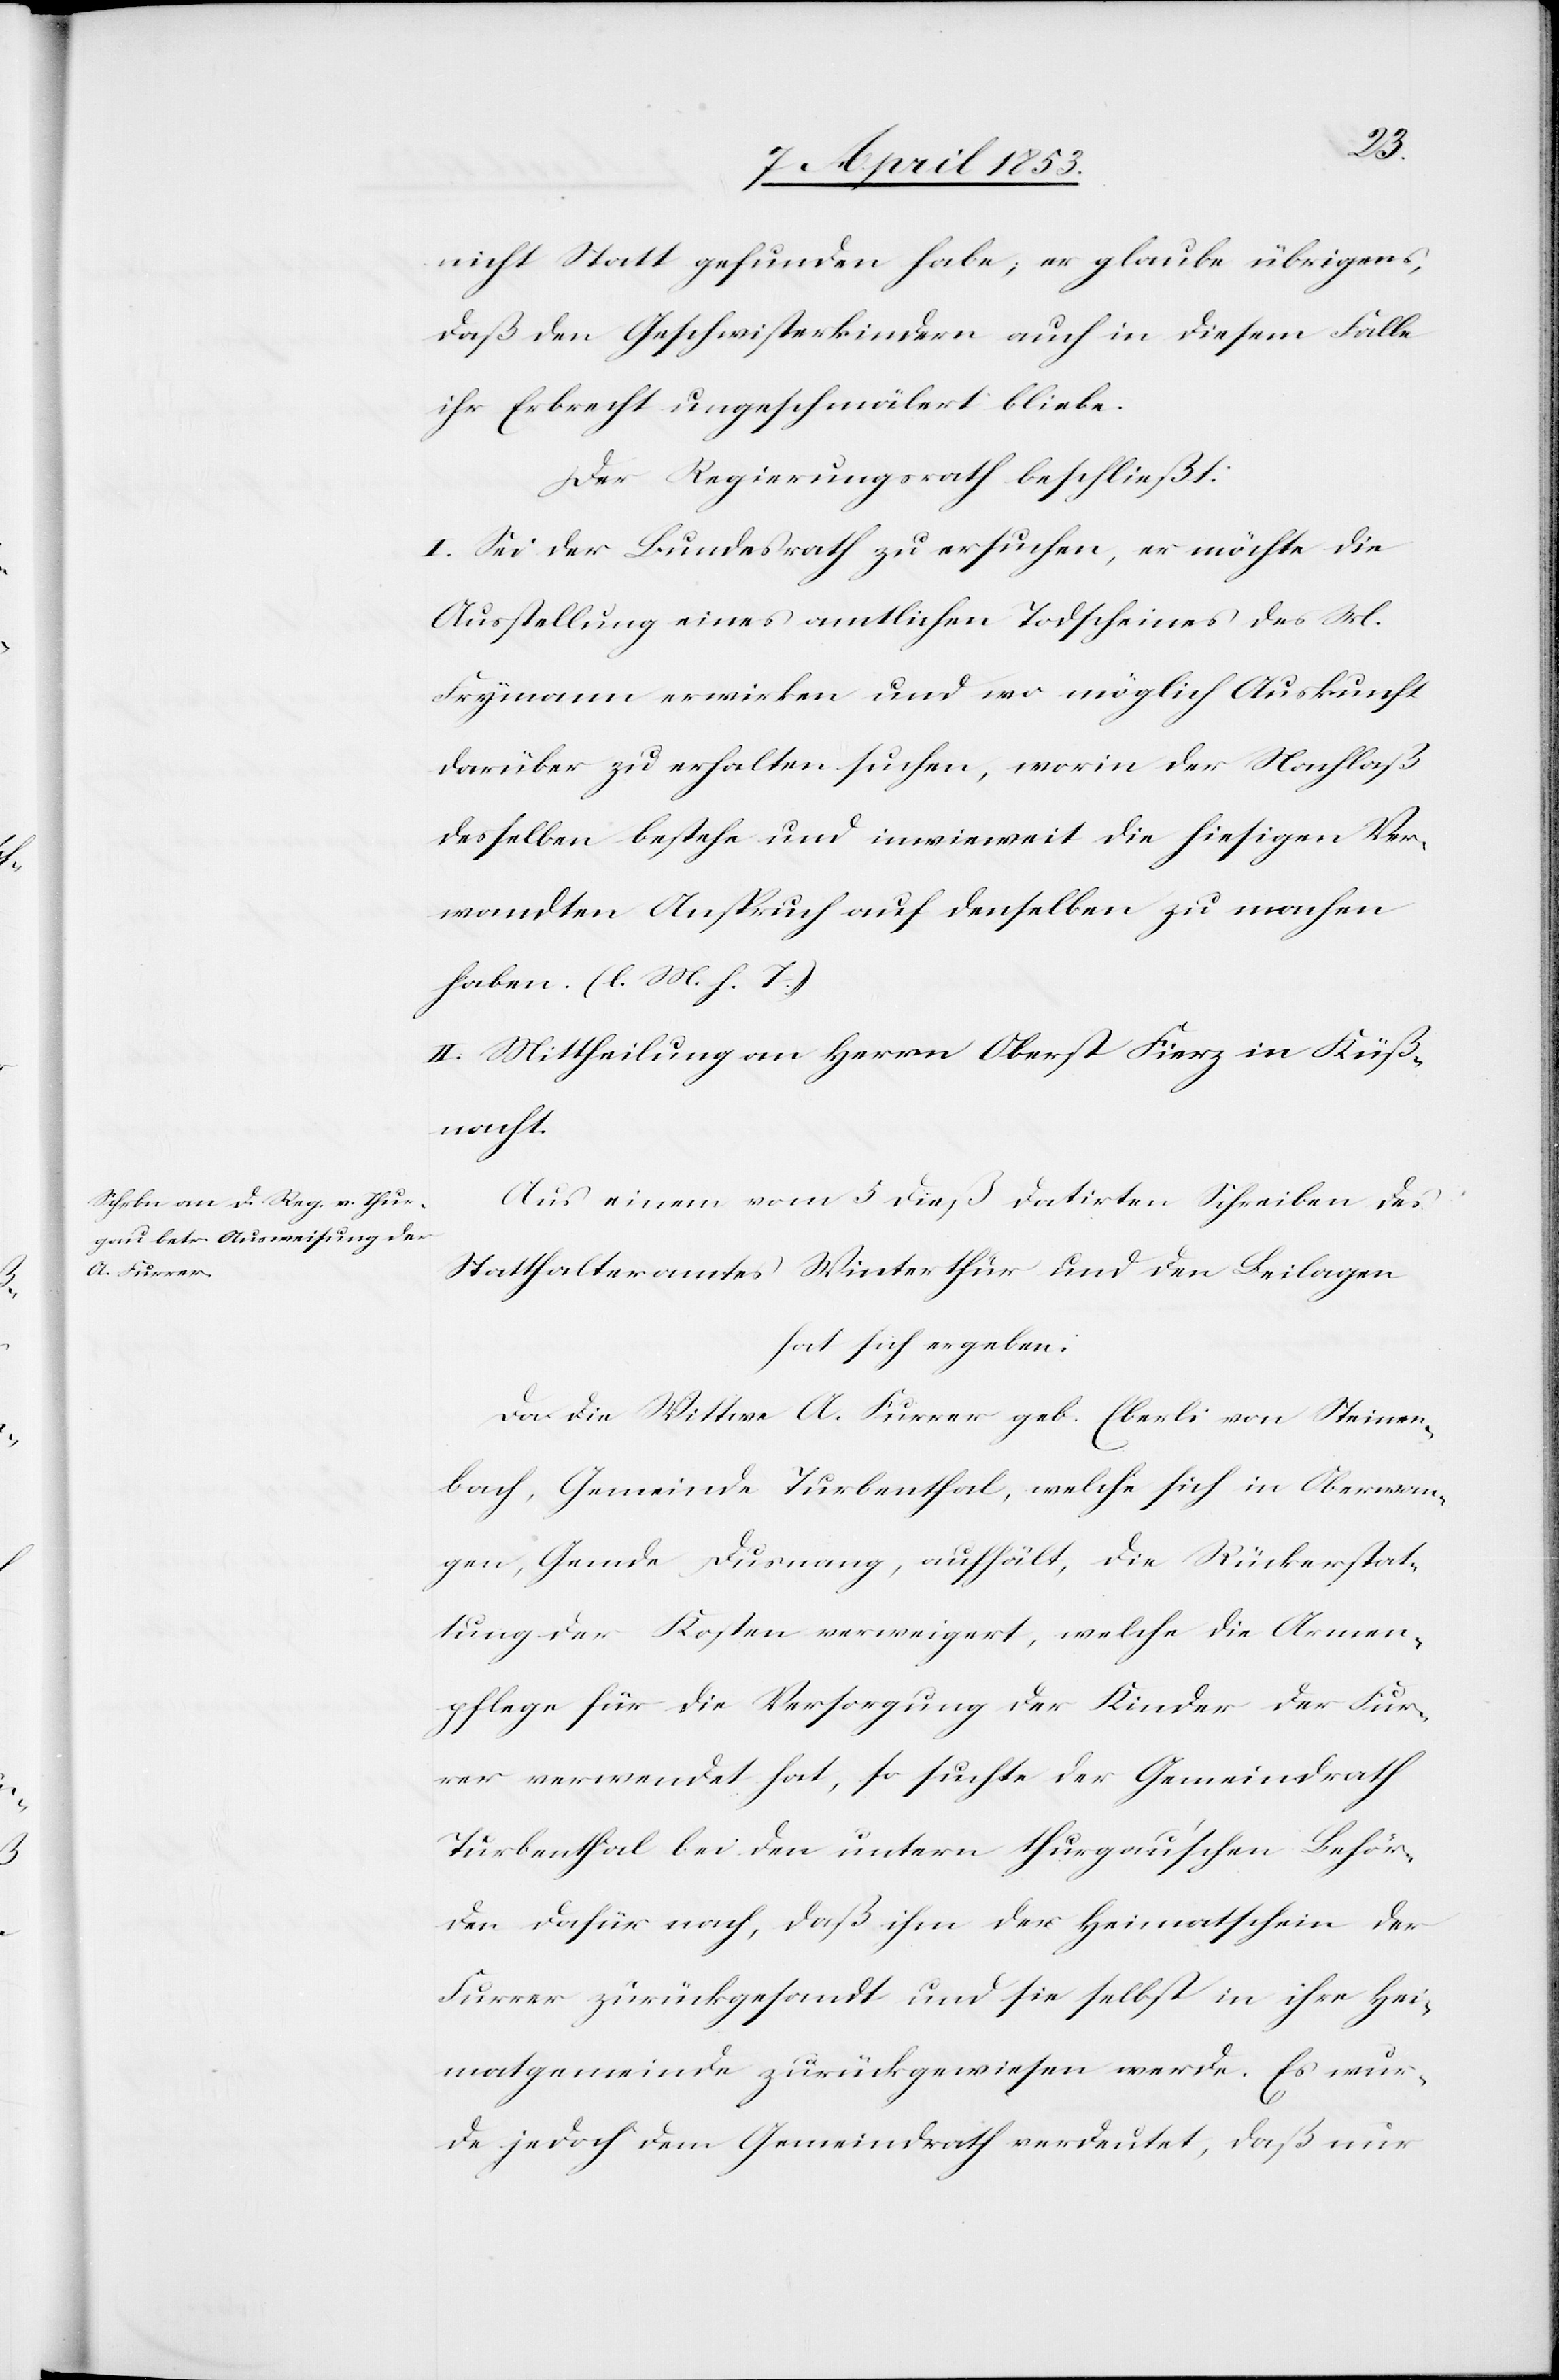
nicht Statt gefunden habe, er glaube übrigens,
daß den Geschwisterkindern auch in diesem Falle
ihr Erbrecht ungeschmälert bliebe.
Der Regierungsrath beschließt:
I. Sei der Bundesrath zu ersuchen, er möchte die
Ausstellung eines amtlichen Todscheines des M.
Frymann erwirken und wo möglich Auskunft
darüber zu erhalten suchen, worin der Nachlaß
desselben bestehe und inwieweit die hiesigen Ver¬
wandten Anspruch auf denselben zu machen
haben. [l. M. h. T]
II. Mittheilung an Herrn Oberst Fierz in Küß¬
nacht.
Aus einem vom 5 dieß datirten Schreiben des
Statthalteramtes Winterthur und der Beilagen
hat sich ergeben.
Da die Wittwe A. Furrer geb. Eberli von Steinen¬
bach, Gemeinde Turbenthal, welche sich in Oberwan¬
gen, Gmde Dusnang, aufhält, die Rückerstat¬
tung der Kosten verweigert, welche die Armen¬
pflege für die Versorgung der Kinder der Fur¬
rer verwendet hat, so suchte der Gemeindrath
Turbenthal bei den untern thurgau’schen Behör¬
den dafür nach, daß ihm der Heimatschein der
Furrer zurückgesandt und sie selbst in ihre Hei¬
matgemeinde zurückgewiesen werde. Es wur¬
de jedoch dem Gemeindrath verdeutet, daß nur